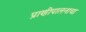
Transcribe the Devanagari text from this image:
प्राणीपालनाचा